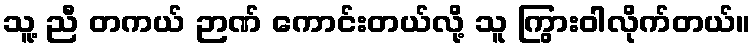
သူ့ ညီ တကယ် ဉာဏ် ကောင်းတယ်လို့ သူ ကြွားဝါလိုက်တယ်။